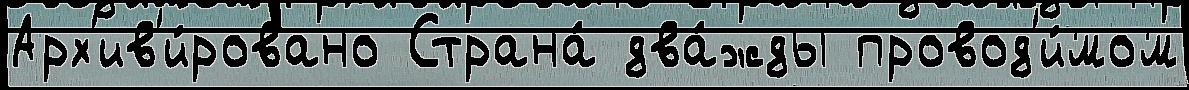
Арх'ив'и́ровано Страна́ два́жды провод'и́мом